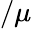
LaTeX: /\mu